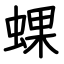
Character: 蜾